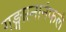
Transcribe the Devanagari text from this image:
गङ्गास्नानंफलं